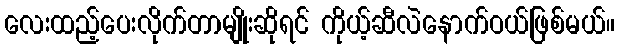
လေးထည့်ပေးလိုက်တာမျိုးဆိုရင် ကိုယ့်ဆီလဲနောက်ဝယ်ဖြစ်မယ်။